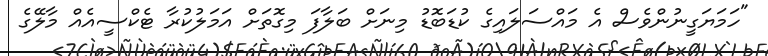
"ހަމަޔަގީނުންވެސް އެ މައްސަލައިގެ ކުޑަބޮޑު މިނަށް ބަލާފަ މިގޮތަށް އަމަލުކުރާ ޓެކްސީއެއް މާލޭގެ